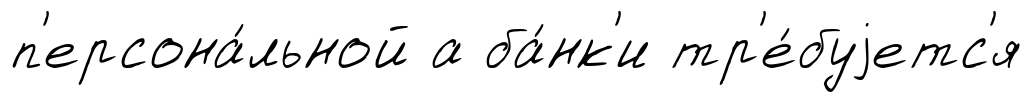
п'ерсона́льной а ба́нк'и тр'е́буjетс'я